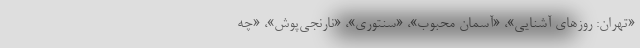
«تهران: روزهای آشنایی»، «آسمان محبوب»، «سنتوری»، «نارنجی‌پوش»، «چه